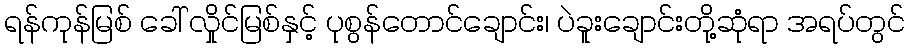
ရန်ကုန်မြစ် ခေါ် လှိုင်မြစ်နှင့် ပုစွန်တောင်ချောင်း၊ ပဲခူးချောင်းတို့ဆုံရာ အရပ်တွင်